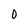
Character: 0